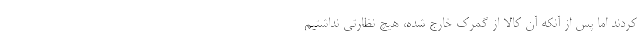
کردند اما پس از آنکه آن کالا از گمرک خارج شده، هیچ نظارتی نداشتیم